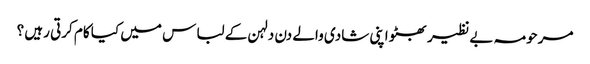
مرحومہ بے نظیر بھٹو اپنی شادی والے دن دلہن کے لباس میں کیا کام کرتی رہیں ؟